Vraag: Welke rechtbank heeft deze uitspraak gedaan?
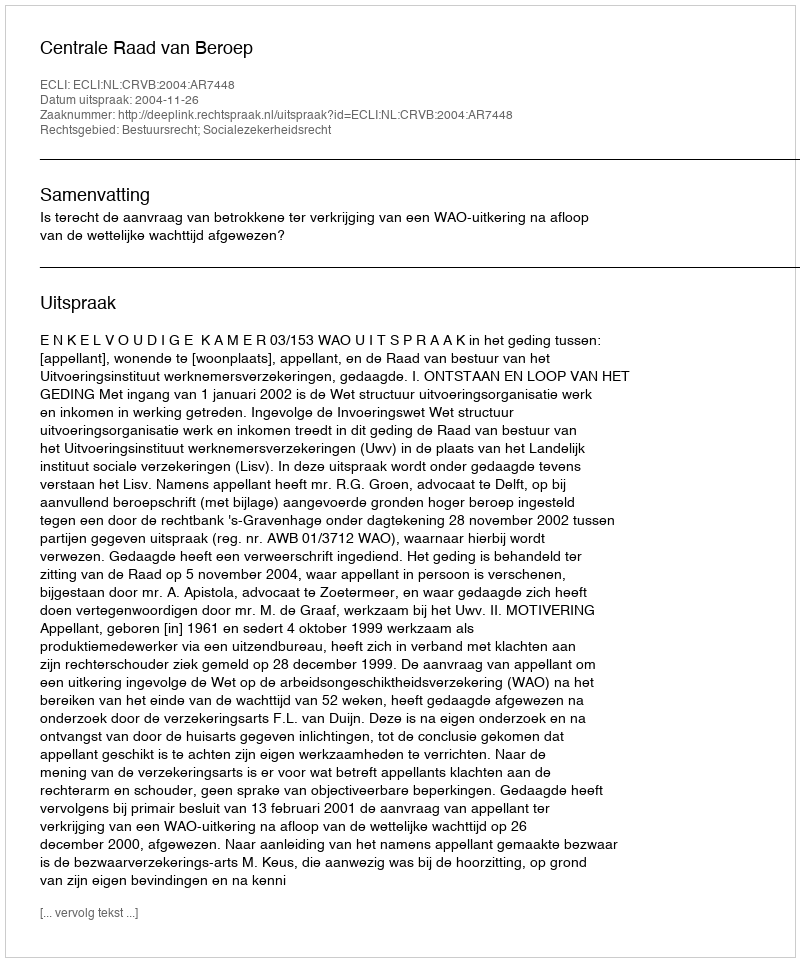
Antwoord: Centrale Raad van Beroep